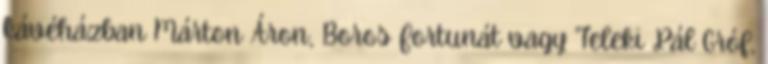
kávéházban Márton Áron, Boros Fortunát vagy Teleki Pál Gróf,